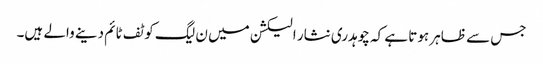
جس سے ظاہر ہوتا ہے کہ چوہدری نثار الیکشن میں ن لیگ کو ٹف ٹائم دینے والے ہیں۔